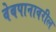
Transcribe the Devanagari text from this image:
वेबपानावरील